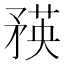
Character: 𥍼